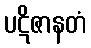
ပဋိဇာနတံ